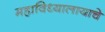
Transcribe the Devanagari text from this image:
महाविध्यालायाचे